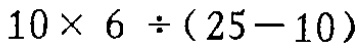
$10\times 6\div(25 - 10)$